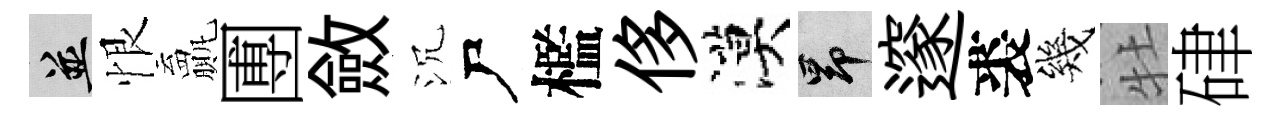
并恨贏圑斂沉尸檻侈漠昂邃裘幾牡硉